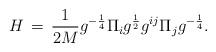
LaTeX: \begin{align*}H\, = \,\frac{1}{2M} g^{-\frac{1}{4}} \Pi_{i} g^{\frac{1}{2}} g^{ij} \Pi_{j}g^{-\frac{1}{4}}.\end{align*}